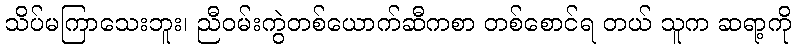
သိပ်မကြာသေးဘူး၊ ညီဝမ်းကွဲတစ်ယောက်ဆီကစာ တစ်စောင်ရ တယ် သူက ဆရာ့ကို